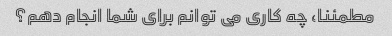
مطمئنا، چه کاری می توانم برای شما انجام دهم؟